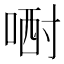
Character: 𠷻